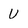
Character: U